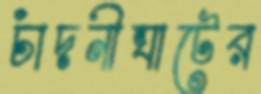
চাঁদনীঘাটের